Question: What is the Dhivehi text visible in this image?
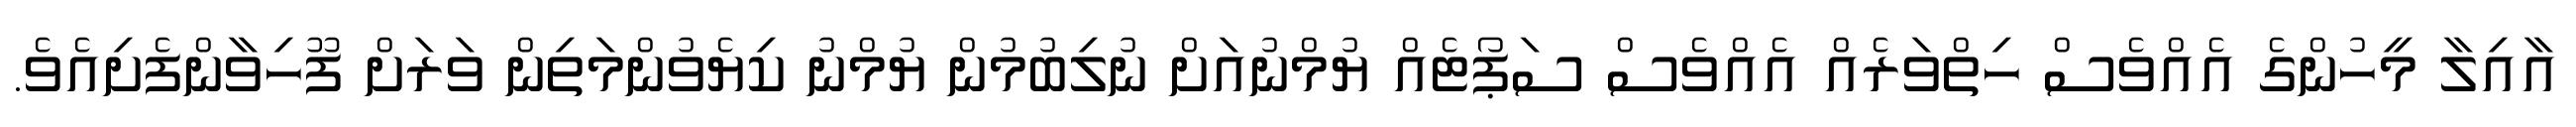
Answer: އާއިލާ މީހުންގެ އެއްވެސް ހިތްވަރެއް އެއްވެސް ސަޕޯޓެއް ޔުމްނުއަށް ނުލިބުމުން ޔުމްނު ކިޔެވުންމަތިން ވަރަށް ފޫހިވާންފެށިއެވެ.